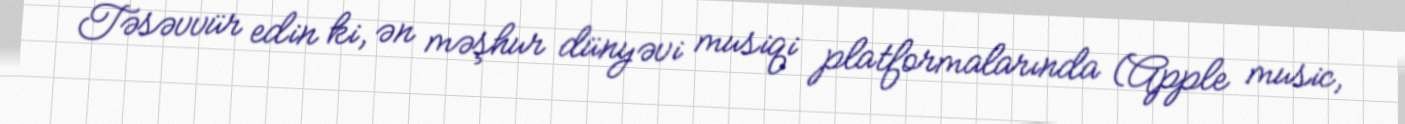
Təsəvvür edin ki, ən məşhur dünyəvi musiqi platformalarında (Apple music,